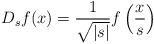
LaTeX: \begin{align*}D_s f (x) = \frac{1}{\sqrt{|s|}} f \left( \frac{x}{s} \right)\end{align*}